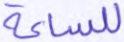
للساعة